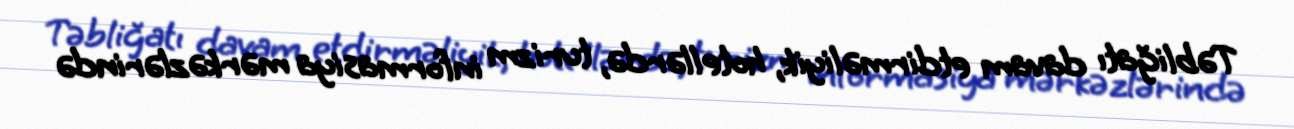
Təbliğatı davam etdirməliyik, hotellərdə, turizm informasiya mərkəzlərində